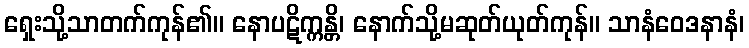
ရှေးသို့သာတက်ကုန်၏။ နောပဋိက္ကန္တိ၊ နောက်သို့မဆုတ်ယုတ်ကုန်။ သာနံဝေဒနာနံ၊